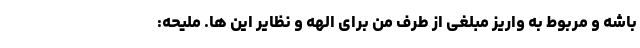
باشه و مربوط به واریز مبلغی از طرف من برای الهه و نظایر این ها. ملیحه: